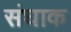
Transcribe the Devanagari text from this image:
संघाक